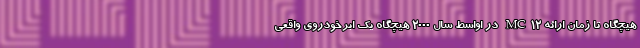
هیچگاه تا زمان ارائه MC12 در اواسط سال 2000 هیچگاه یک ابرخودروی واقعی